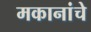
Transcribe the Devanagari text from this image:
मकानांचे